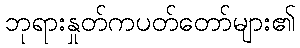
ဘုရားနှုတ်ကပတ်တော်များ၏